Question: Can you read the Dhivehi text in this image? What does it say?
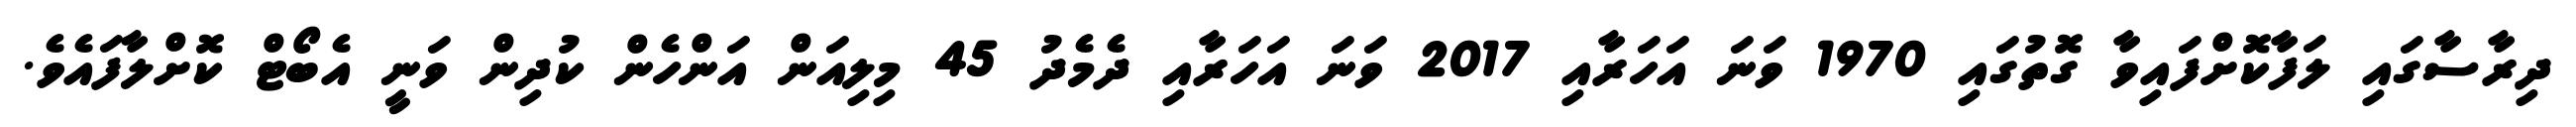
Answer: ދިރާސާގައި ލަފާކޮށްފައިވާ ގޮތުގައި 1970 ވަނަ އަހަރާއި 2017 ވަނަ އަހަރާއި ދެމެދު 45 މިލިއަން އަންހެން ކުދިން ވަނީ އެބޯޓް ކޮށްލާފައެވެ.